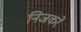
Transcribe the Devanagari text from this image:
निजकरे